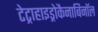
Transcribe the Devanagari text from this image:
टेट्राहाइड्रोकैनाबिनॉल